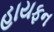
હાયફન